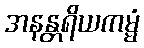
အနန္တရိယကမ္မံ